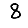
Digit: 8